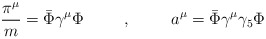
\begin{align*}\frac{\pi^{\mu}}{m} = \bar{\Phi}\gamma^{\mu}\Phi\hspace{.4in},\hspace{.4in}a^{\mu} = \bar{\Phi}\gamma^{\mu}\gamma_{5}\Phi\end{align*}